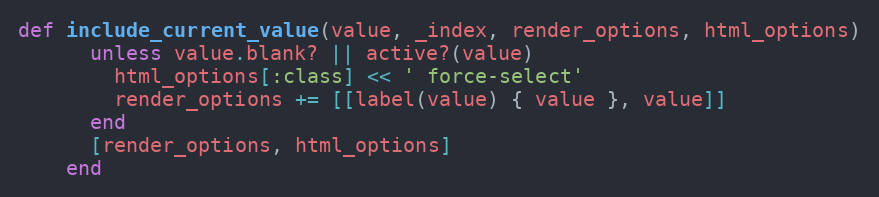
Language: Ruby
def include_current_value(value, _index, render_options, html_options)
      unless value.blank? || active?(value)
        html_options[:class] << ' force-select'
        render_options += [[label(value) { value }, value]]
      end
      [render_options, html_options]
    end